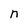
Character: n